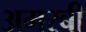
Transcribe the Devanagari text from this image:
अमरबी